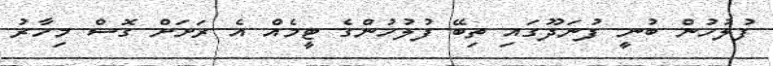
ފުލުހުން ބުނީ ފުނަދޫގައި ތިބޭ ފުލުހުންގެ ޓީމެއް އެ ރަށަށް ގޮސް މިހާރު